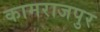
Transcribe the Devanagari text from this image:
कामराजपुर